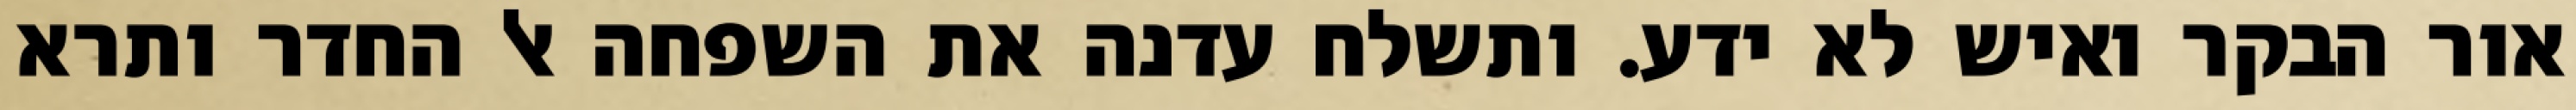
אור הבקר ואיש לא ידע. ותשלח עדנה את השפחה אל החדר ותרא